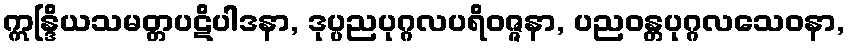
ဣန္ဒြိယသမတ္တပဋိပါဒနာ, ဒုပ္ပညပုဂ္ဂလပရိဝဇ္ဇနာ, ပညဝန္တပုဂ္ဂလသေဝနာ,